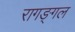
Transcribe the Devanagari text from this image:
रागङ्गल